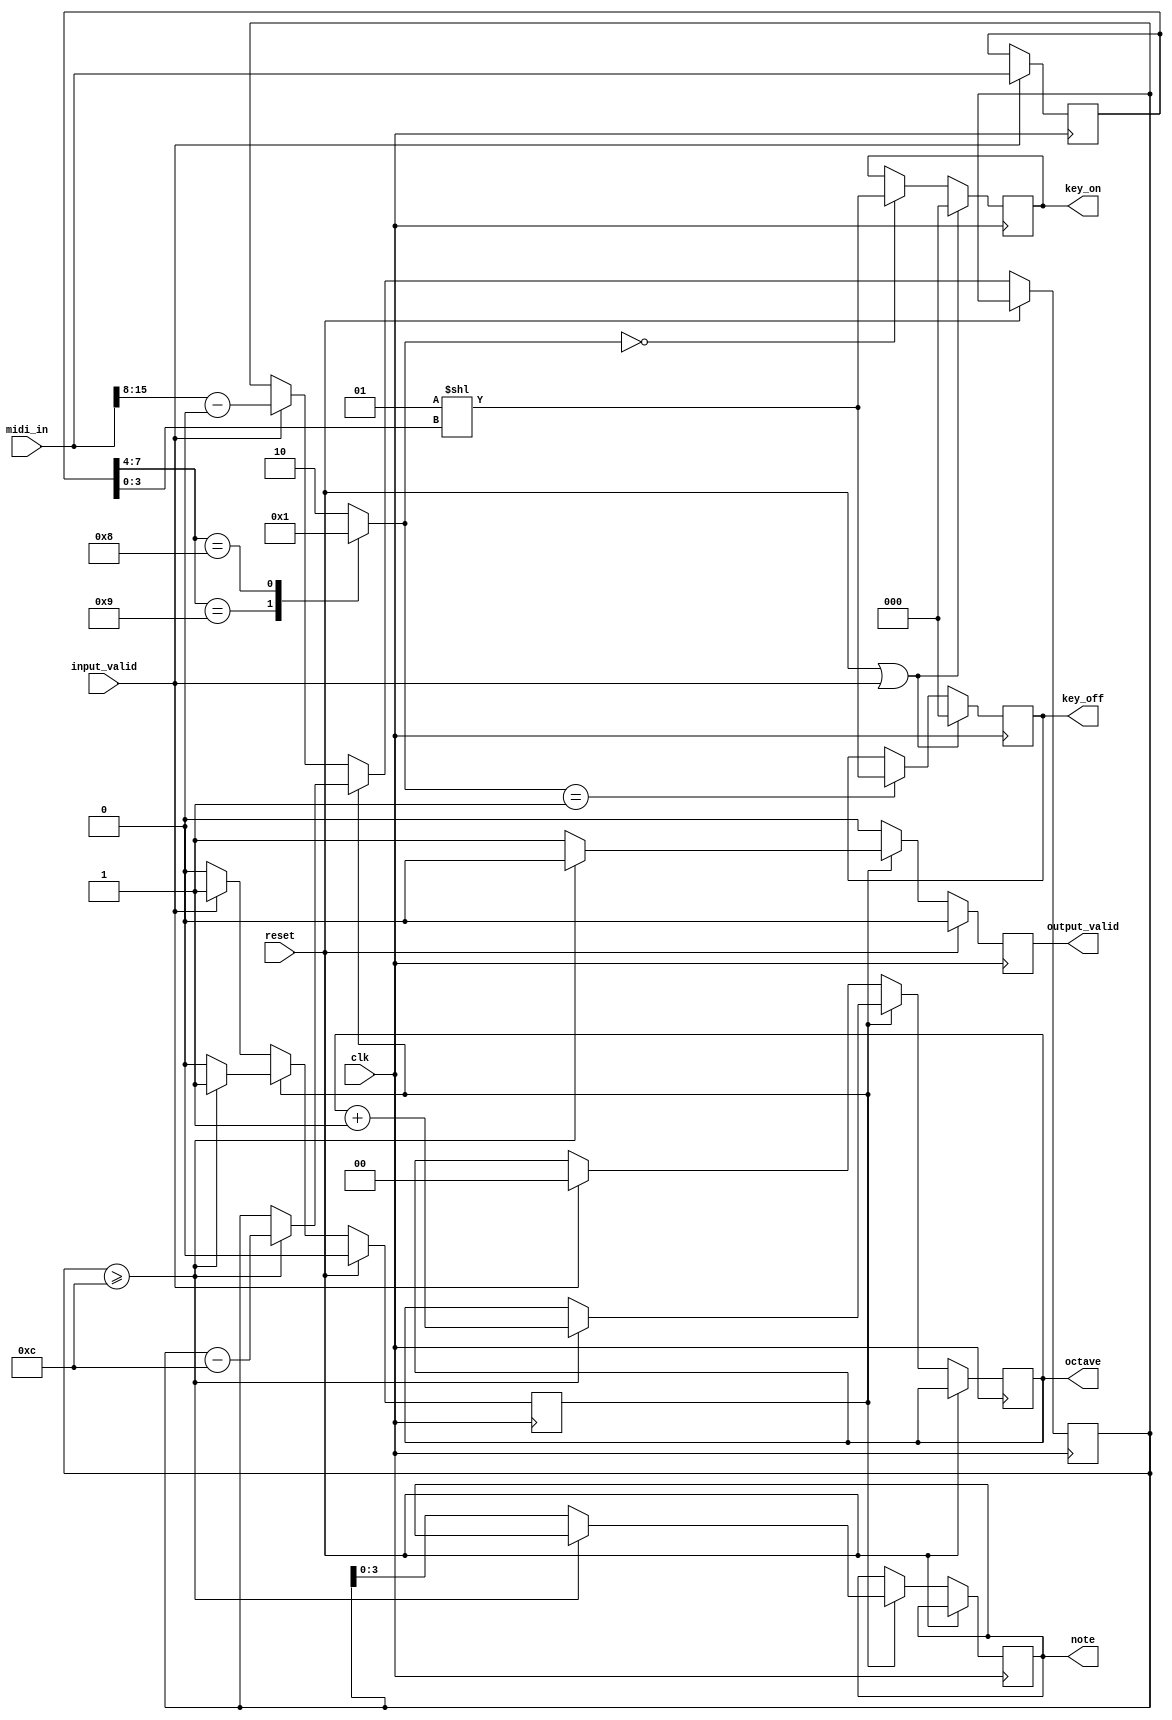
// midi_decoder.v
//
// Copyright (C) 2020 Dan Rodrigues <danrr.gh.oss@gmail.com>
//
// SPDX-License-Identifier: MIT

module midi_decoder #(
    parameter [3:0] CHANNELS = 3,
    parameter [6:0] MIDI_NOTE_BASE = 7'h00
) (
    input clk,
    input reset,

    input [23:0] midi_in,
    input input_valid,

    output reg [CHANNELS - 1:0] key_on,
    output reg [CHANNELS - 1:0] key_off,

    output reg [3:0] note,
    output reg [1:0] octave,
    // (possibly "velocity" too later)

    output reg output_valid
);
    reg [23:0] midi_in_r;

    always @(posedge clk) begin
        if (input_valid) begin
            midi_in_r <= midi_in;
        end
    end

    wire [7:0] midi_status = midi_in_r[7:0];

    wire [3:0] midi_status_channel = midi_status[3:0];
    wire [3:0] midi_status_command = midi_status[7:4];

    // Note / octave decoding:

    wire [7:0] midi_offset_note = midi_in[15:8] - MIDI_NOTE_BASE;

    reg octave_adjusting;
    reg [7:0] raw_note;

    always @(posedge clk) begin
        if (reset) begin
            output_valid <= 0;
            octave_adjusting <= 0;
        end else begin
            output_valid <= 0;

            if (octave_adjusting) begin
                if (raw_note >= 12) begin
                    raw_note <= raw_note - 12;
                    octave <= octave + 1;
                end else begin
                    note <= raw_note[3:0];
                    octave_adjusting <= 0;
                    output_valid <= 1;
                end
            end else if (input_valid) begin
                raw_note <= midi_offset_note;
                octave_adjusting <= 1;
                octave <= 0;
            end
        end
    end

    // Message decoding:

    reg [1:0] midi_msg;

    localparam [1:0]
        MSG_NOTE_ON = 0,
        MSG_NOTE_OFF = 1,
        MSG_UNKNOWN = 2;

    always @* begin
        case (midi_status_command)
            4'b1001:
                midi_msg = MSG_NOTE_ON;
            4'b1000:
                midi_msg = MSG_NOTE_OFF;
            default:
                midi_msg = MSG_UNKNOWN;
        endcase
    end

    // Key command output:

    wire [CHANNELS - 1:0] key_mask = 1 << midi_status_channel;

    always @(posedge clk) begin
        if (reset || input_valid) begin
            key_on <= 0;
            key_off <= 0;
        end else begin
            case (midi_msg)
                MSG_NOTE_ON:
                    key_on <= key_mask;
                MSG_NOTE_OFF:
                    key_off <= key_mask;
            endcase
        end
    end

endmodule